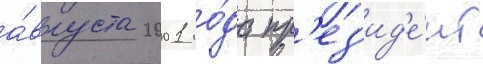
а́вгуста 2001 го́да пр'ез'ид'е́нт